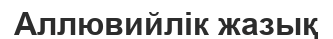
Аллювийлік жазық